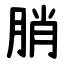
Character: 䏴